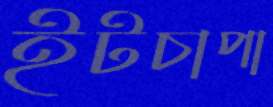
ইটচাপা